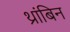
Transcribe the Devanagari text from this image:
थ्रांबिन